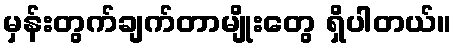
မှန်းတွက်ချက်တာမျိုးတွေ ရှိပါတယ်။